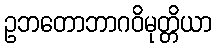
ဥဘတောဘာဂဝိမုတ္တိယာ